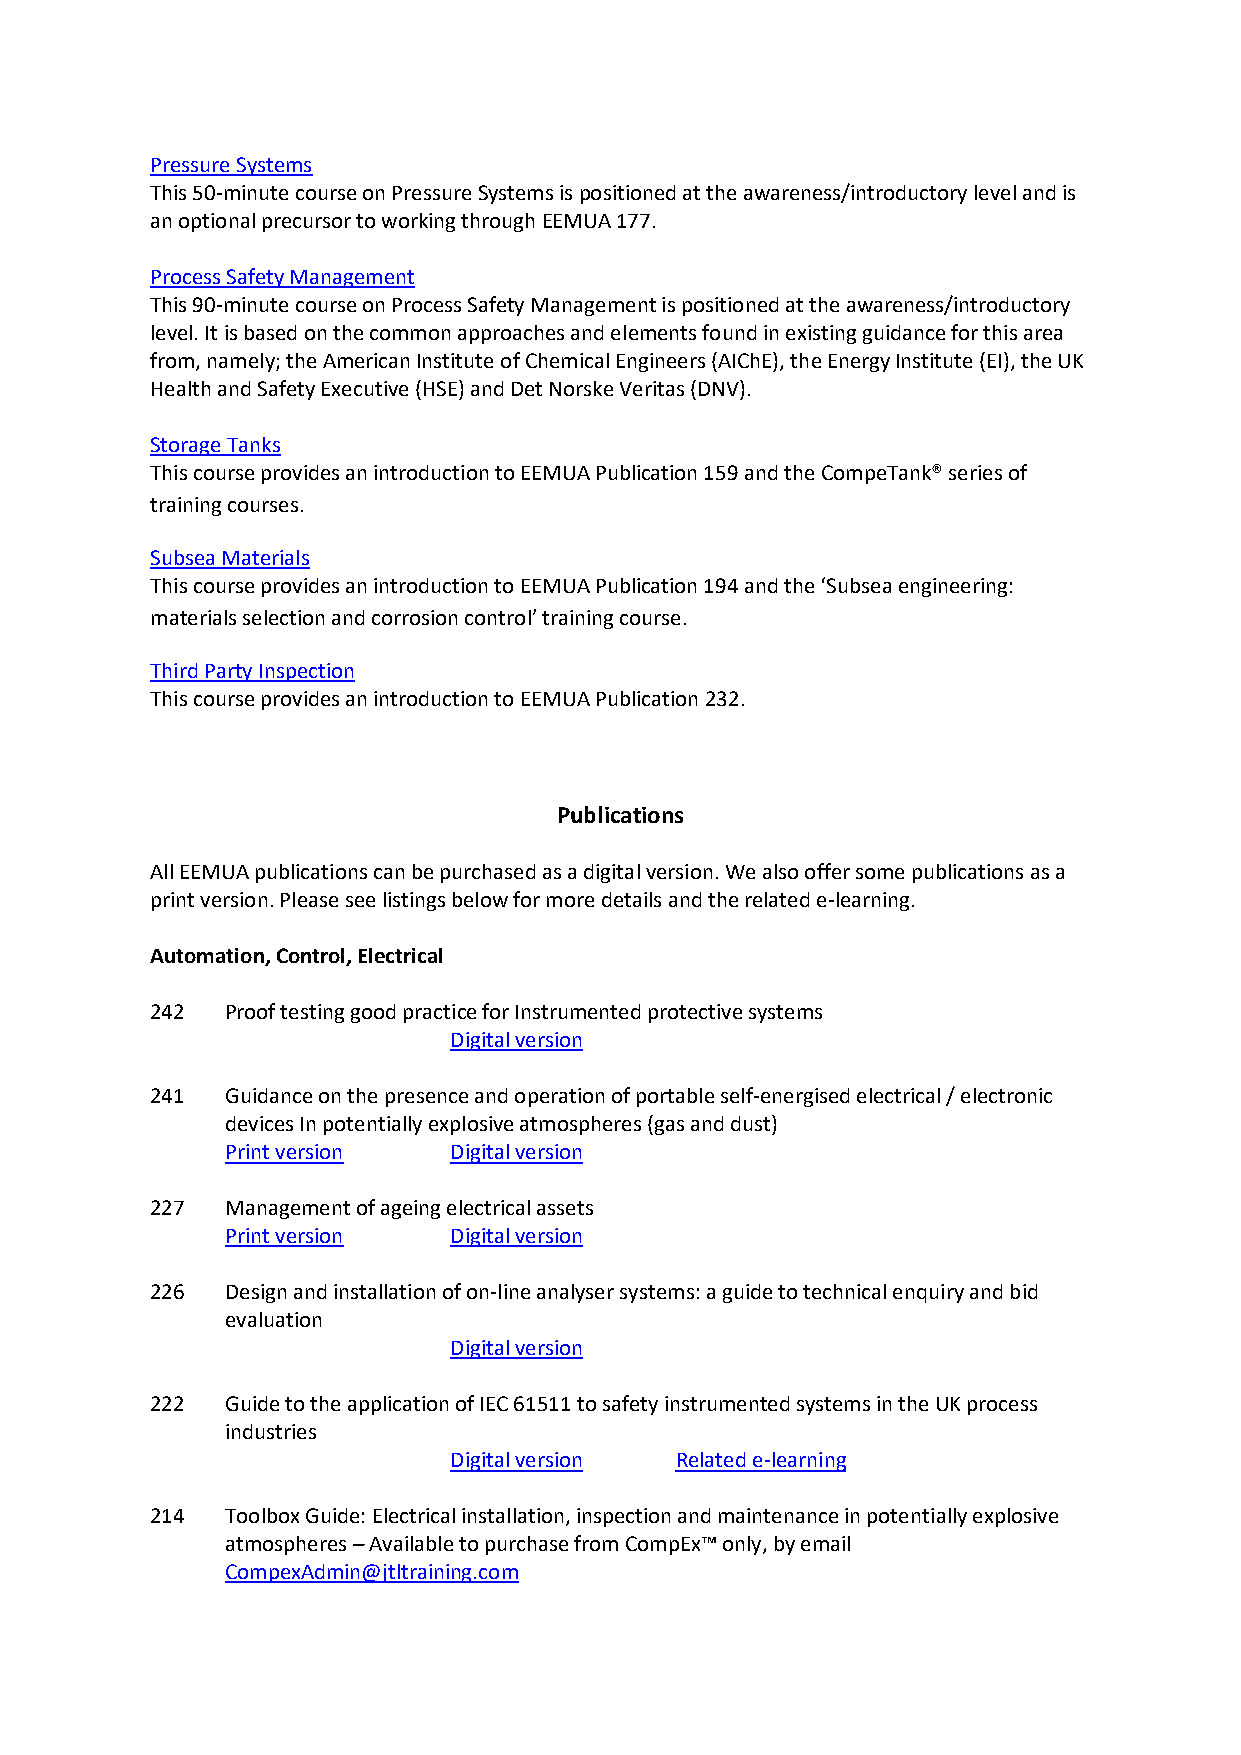
Pressure Systems
 This 50-minute course on Pressure Systems is positioned at the awareness/introductory level and is
 an optional precursor to working through EEMUA 177.
 Process Safety Management
 This 90-minute course on Process Safety Management is positioned at the awareness/introductory
 level. It is based on the common approaches and elements found in existing guidance for this area
 from, namely; the American Institute of Chemical Engineers (AIChE), the Energy Institute (EI), the UK
 Health and Safety Executive (HSE) and Det Norske Veritas (DNV).
 Storage Tanks
 This course provides an introduction to EEMUA Publication 159 and the CompeTank® series of
 training courses.
 Subsea Materials
 This course provides an introduction to EEMUA Publication 194 and the ‘Subsea engineering:
 materials selection and corrosion control’ training course.
 Third Party Inspection
 This course provides an introduction to EEMUA Publication 232.
 Publications
 All EEMUA publications can be purchased as a digital version. We also offer some publications as a
 print version. Please see listings below for more details and the related e-learning.
 Automation, Control, Electrical
 242  Proof testing good practice for Instrumented protective systems
 Digital version
 241  Guidance on the presence and operation of portable self-energised electrical / electronic
 devices In potentially explosive atmospheres (gas and dust)
 Print version  Digital version
 227  Management of ageing electrical assets
 Print version  Digital version
 226  Design and installation of on-line analyser systems: a guide to technical enquiry and bid
 evaluation
 Digital version
 222  Guide to the application of IEC 61511 to safety instrumented systems in the UK process
 industries
 Digital version Related e-learning
 214  Toolbox Guide: Electrical installation, inspection and maintenance in potentially explosive
 atmospheres – Available to purchase from CompEx™ only, by email
 CompexAdmin@jtltraining.com